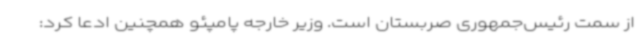
از سمت رئیس‌جمهوری صربستان است. وزیر خارجه پامپئو همچنین ادعا کرد: